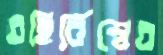
বহির্বিশ্বের